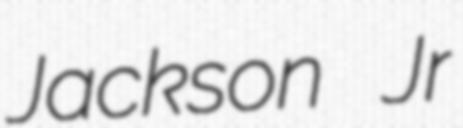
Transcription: Jackson Jr